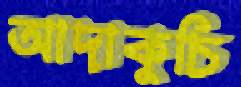
আদাকুচি